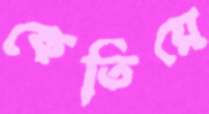
কেতিয়ে